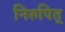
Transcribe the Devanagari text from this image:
निरुपित्